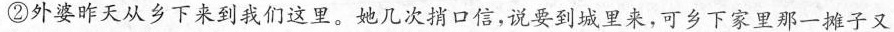
②外婆昨天从乡下来到我们这里。她几次捎口信，说要到城里来，可乡下家里那一摊子又